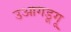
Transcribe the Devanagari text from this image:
उआगडूगू